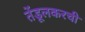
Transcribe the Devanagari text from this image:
तेंडूलकरची